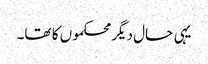
یہی حال دیگر محکموں کا تھا۔